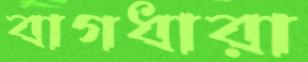
বাগধারা